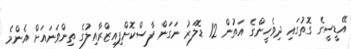
އޭޑީސީގެ ގޮތުގައި ދިވެހީންގެ އަތުން 12 ޑޮލަރު ނަގަން ފާސްކޮށްފިއިޒްރާއިލުގެ ތިންވަނައަށް އެންމެ